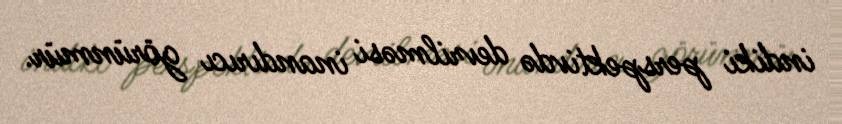
indiki perspektivdə devrilməsi inandırıcı görünmür.